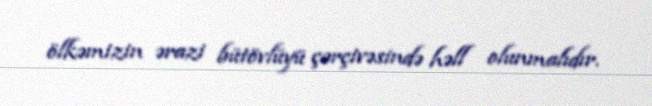
ölkəmizin ərazi bütövlüyü çərçivəsində həll olunmalıdır.